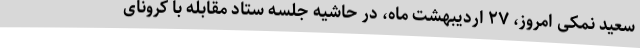
سعید نمکی امروز، ۲۷ اردیبهشت‌ ماه، در حاشیه جلسه ستاد مقابله با کرونای